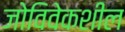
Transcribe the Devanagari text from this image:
जोविवेकशील